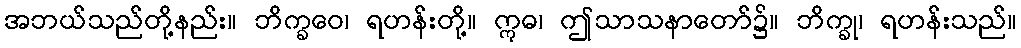
အဘယ်သည်တို့နည်း။ ဘိက္ခဝေ၊ ရဟန်းတို့။ ဣဓ၊ ဤသာသနာတော်၌။ ဘိက္ခု၊ ရဟန်းသည်။